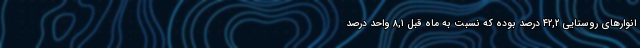
انوارهای روستایی ٤٢,٢ درصد بوده که نسبت به ماه قبل ٨,١ واحد درصد